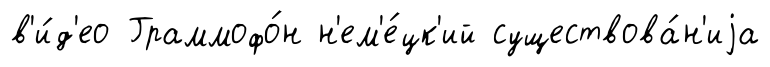
в'и́д'ео Граммофо́н н'ем'е́цк'ий существова́н'иjа